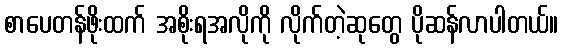
စာပေတန်ဖိုးထက် အစိုးရအလိုကို လိုက်တဲ့ဆုတွေ ပိုဆန်လာပါတယ်။